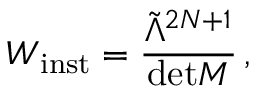
{ \cal W } _ { \mathrm { i n s t } } = \frac { \tilde { \Lambda } ^ { 2 N + 1 } } { \mathrm { d e t } M } \, ,